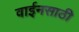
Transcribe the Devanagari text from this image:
वाईनसाठी